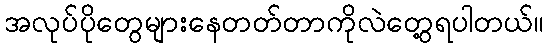
အလုပ်ပိုတွေများနေတတ်တာကိုလဲတွေ့ရပါတယ်။